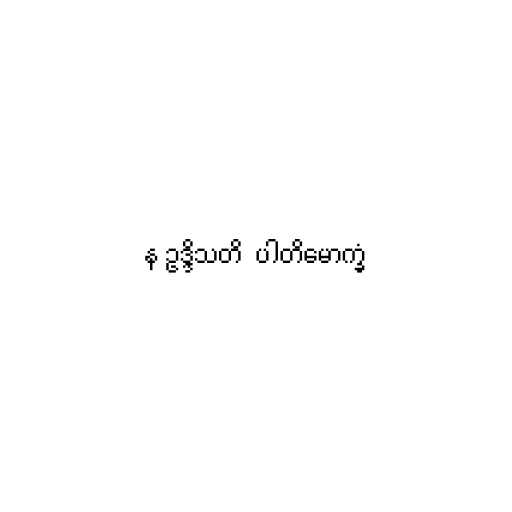
န ဥဒ္ဒိသတိ  ပါတိမောက္ခံ